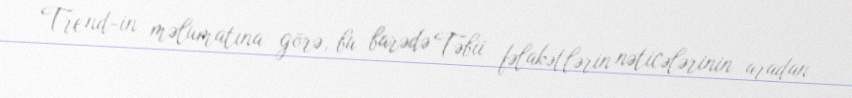
Trend-in məlumatına görə, bu barədə Təbii fəlakətlərin nəticələrinin aradan